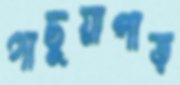
গাছুয়াপাড়